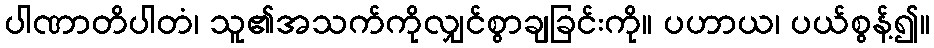
ပါဏာတိပါတံ၊ သူ၏အသက်ကိုလျှင်စွာချခြင်းကို။ ပဟာယ၊ ပယ်စွန့်၍။